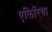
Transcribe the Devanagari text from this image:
एलिरिया